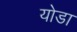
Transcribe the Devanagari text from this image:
योडा